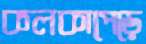
কলকাপেড়ে